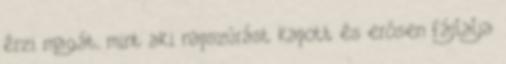
érzi magát, mint aki napszúrást kapott és erősen fájlalja